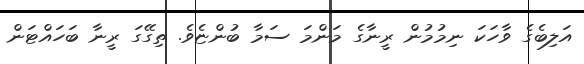
އަލިބެގެ ވާހަކަ ނިމުމުން ރީނާގެ މަންމަ ސަމާ ބުންޏެވެ. ތިގޭގަ ރީނާ ބަހައްޓަން